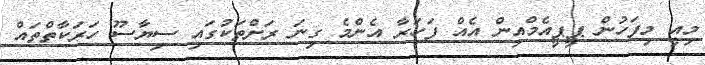
މިއީ މިފަހުން ޕީޕީއެމްއިން އެއް ފަހަރާ އެންމެ ގިނަ ރަށްތަކުގައި ސިޔާސޫ ހަރަކާތްތައް